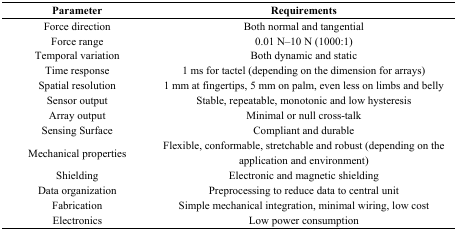
<table><thead><tr><td><b>Parameter</b></td><td><b>Requirements</b></td></tr></thead><tbody><tr><td>Force direction</td><td>Both normal and tangential</td></tr><tr><td>Force range</td><td>0.01 N–10 N (1000:1)</td></tr><tr><td>Temporal variation</td><td>Both dynamic and static</td></tr><tr><td>Time response</td><td>1 ms for tactel (depending on the dimension for arrays)</td></tr><tr><td>Spatial resolution</td><td>1 mm at fingertips, 5 mm on palm, even less on limbs and belly</td></tr><tr><td>Sensor output</td><td>Stable, repeatable, monotonic and low hysteresis</td></tr><tr><td>Array output</td><td>Minimal or null cross-talk</td></tr><tr><td>Sensing Surface</td><td>Compliant and durable</td></tr><tr><td>Mechanical properties</td><td>Flexible, conformable, stretchable and robust (depending on the application and environment)</td></tr><tr><td>Shielding</td><td>Electronic and magnetic shielding</td></tr><tr><td>Data organization</td><td>Preprocessing to reduce data to central unit</td></tr><tr><td>Fabrication</td><td>Simple mechanical integration, minimal wiring, low cost</td></tr><tr><td>Electronics</td><td>Low power consumption</td></tr></tbody></table>